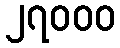
၂၇၀၀၀